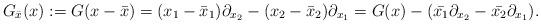
LaTeX: \begin{align*} G_{\bar{x}}(x):=G(x-\bar{x})=(x_1-\bar{x}_1)\partial_{x_2}-(x_2-\bar{x}_2)\partial_{x_1}=G(x)-(\bar{x_1}\partial_{x_2}-\bar{x_2}\partial_{x_1}).\end{align*}